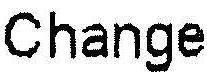
CHANGE